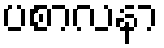
ပစာလနာ